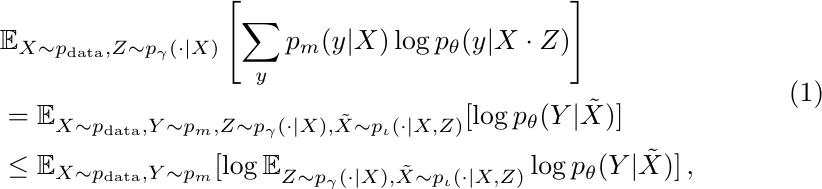
\begin{equation}
\begin{aligned}
    & \mathbb{E}_{X \sim p_{\text{data}}, Z \sim p_{\gamma}(\cdot|X)} \left[ \sum_{y} p_m(y|X) \log  p_\theta(y|X \cdot Z) \right]  \\
    & = \mathbb{E}_{X \sim p_{\text{data}}, Y \sim p_m, Z \sim p_{\gamma}(\cdot|X), \Tilde{X} \sim p_{\iota}(\cdot|X,Z)} [\log p_\theta(Y|\Tilde{X})] \\
    & \leq  \mathbb{E}_{X \sim p_{\text{data}}, Y \sim p_m} [\log \mathbb{E}_{Z \sim p_{\gamma}(\cdot|X), \Tilde{X} \sim p_{\iota}(\cdot|X,Z)} \log p_\theta(Y|\Tilde{X})]
    \, ,
\end{aligned}
\end{equation}